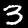
Digit: 3